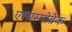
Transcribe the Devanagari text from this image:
एलास्मोब्रैक